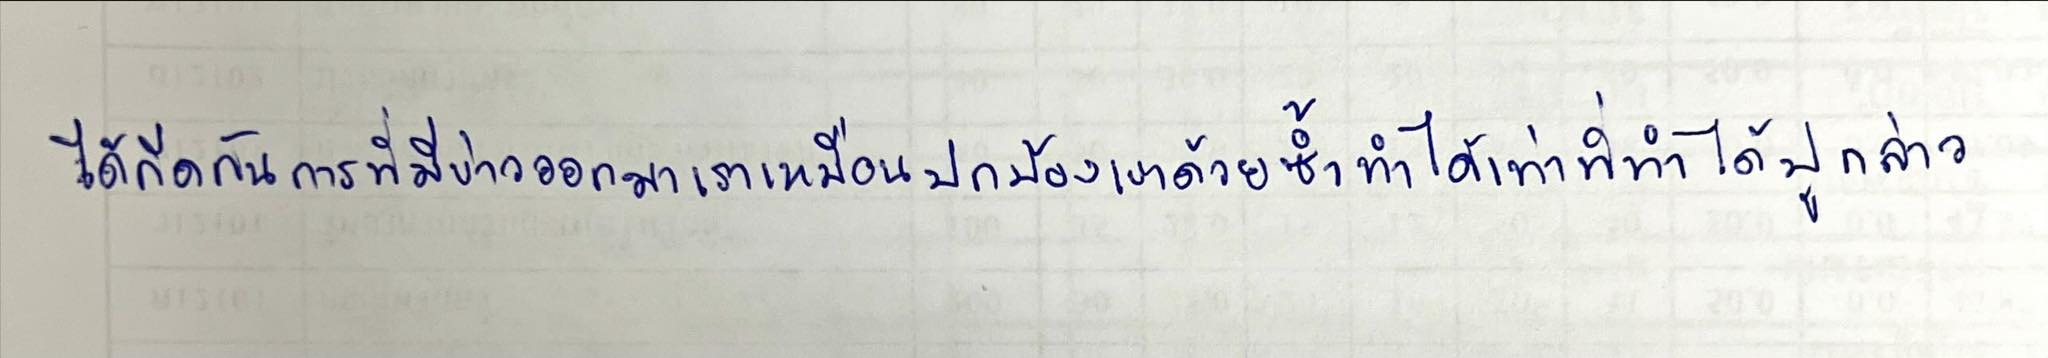
ได้กีดกันการที่มีข่าวออกมาเราเหมือนปกป้องเขาด้วยซ้ำทำได้เท่าที่ทำได้ปูกล่าว